Bréfritari: Sigríður Pálsdóttir
Viðtakandi: Páll Pálsson
Dagsetning: A-1857-07-14
Skrifað á: Hraungerði  Árn.
Páll var bróðir Sigríðar

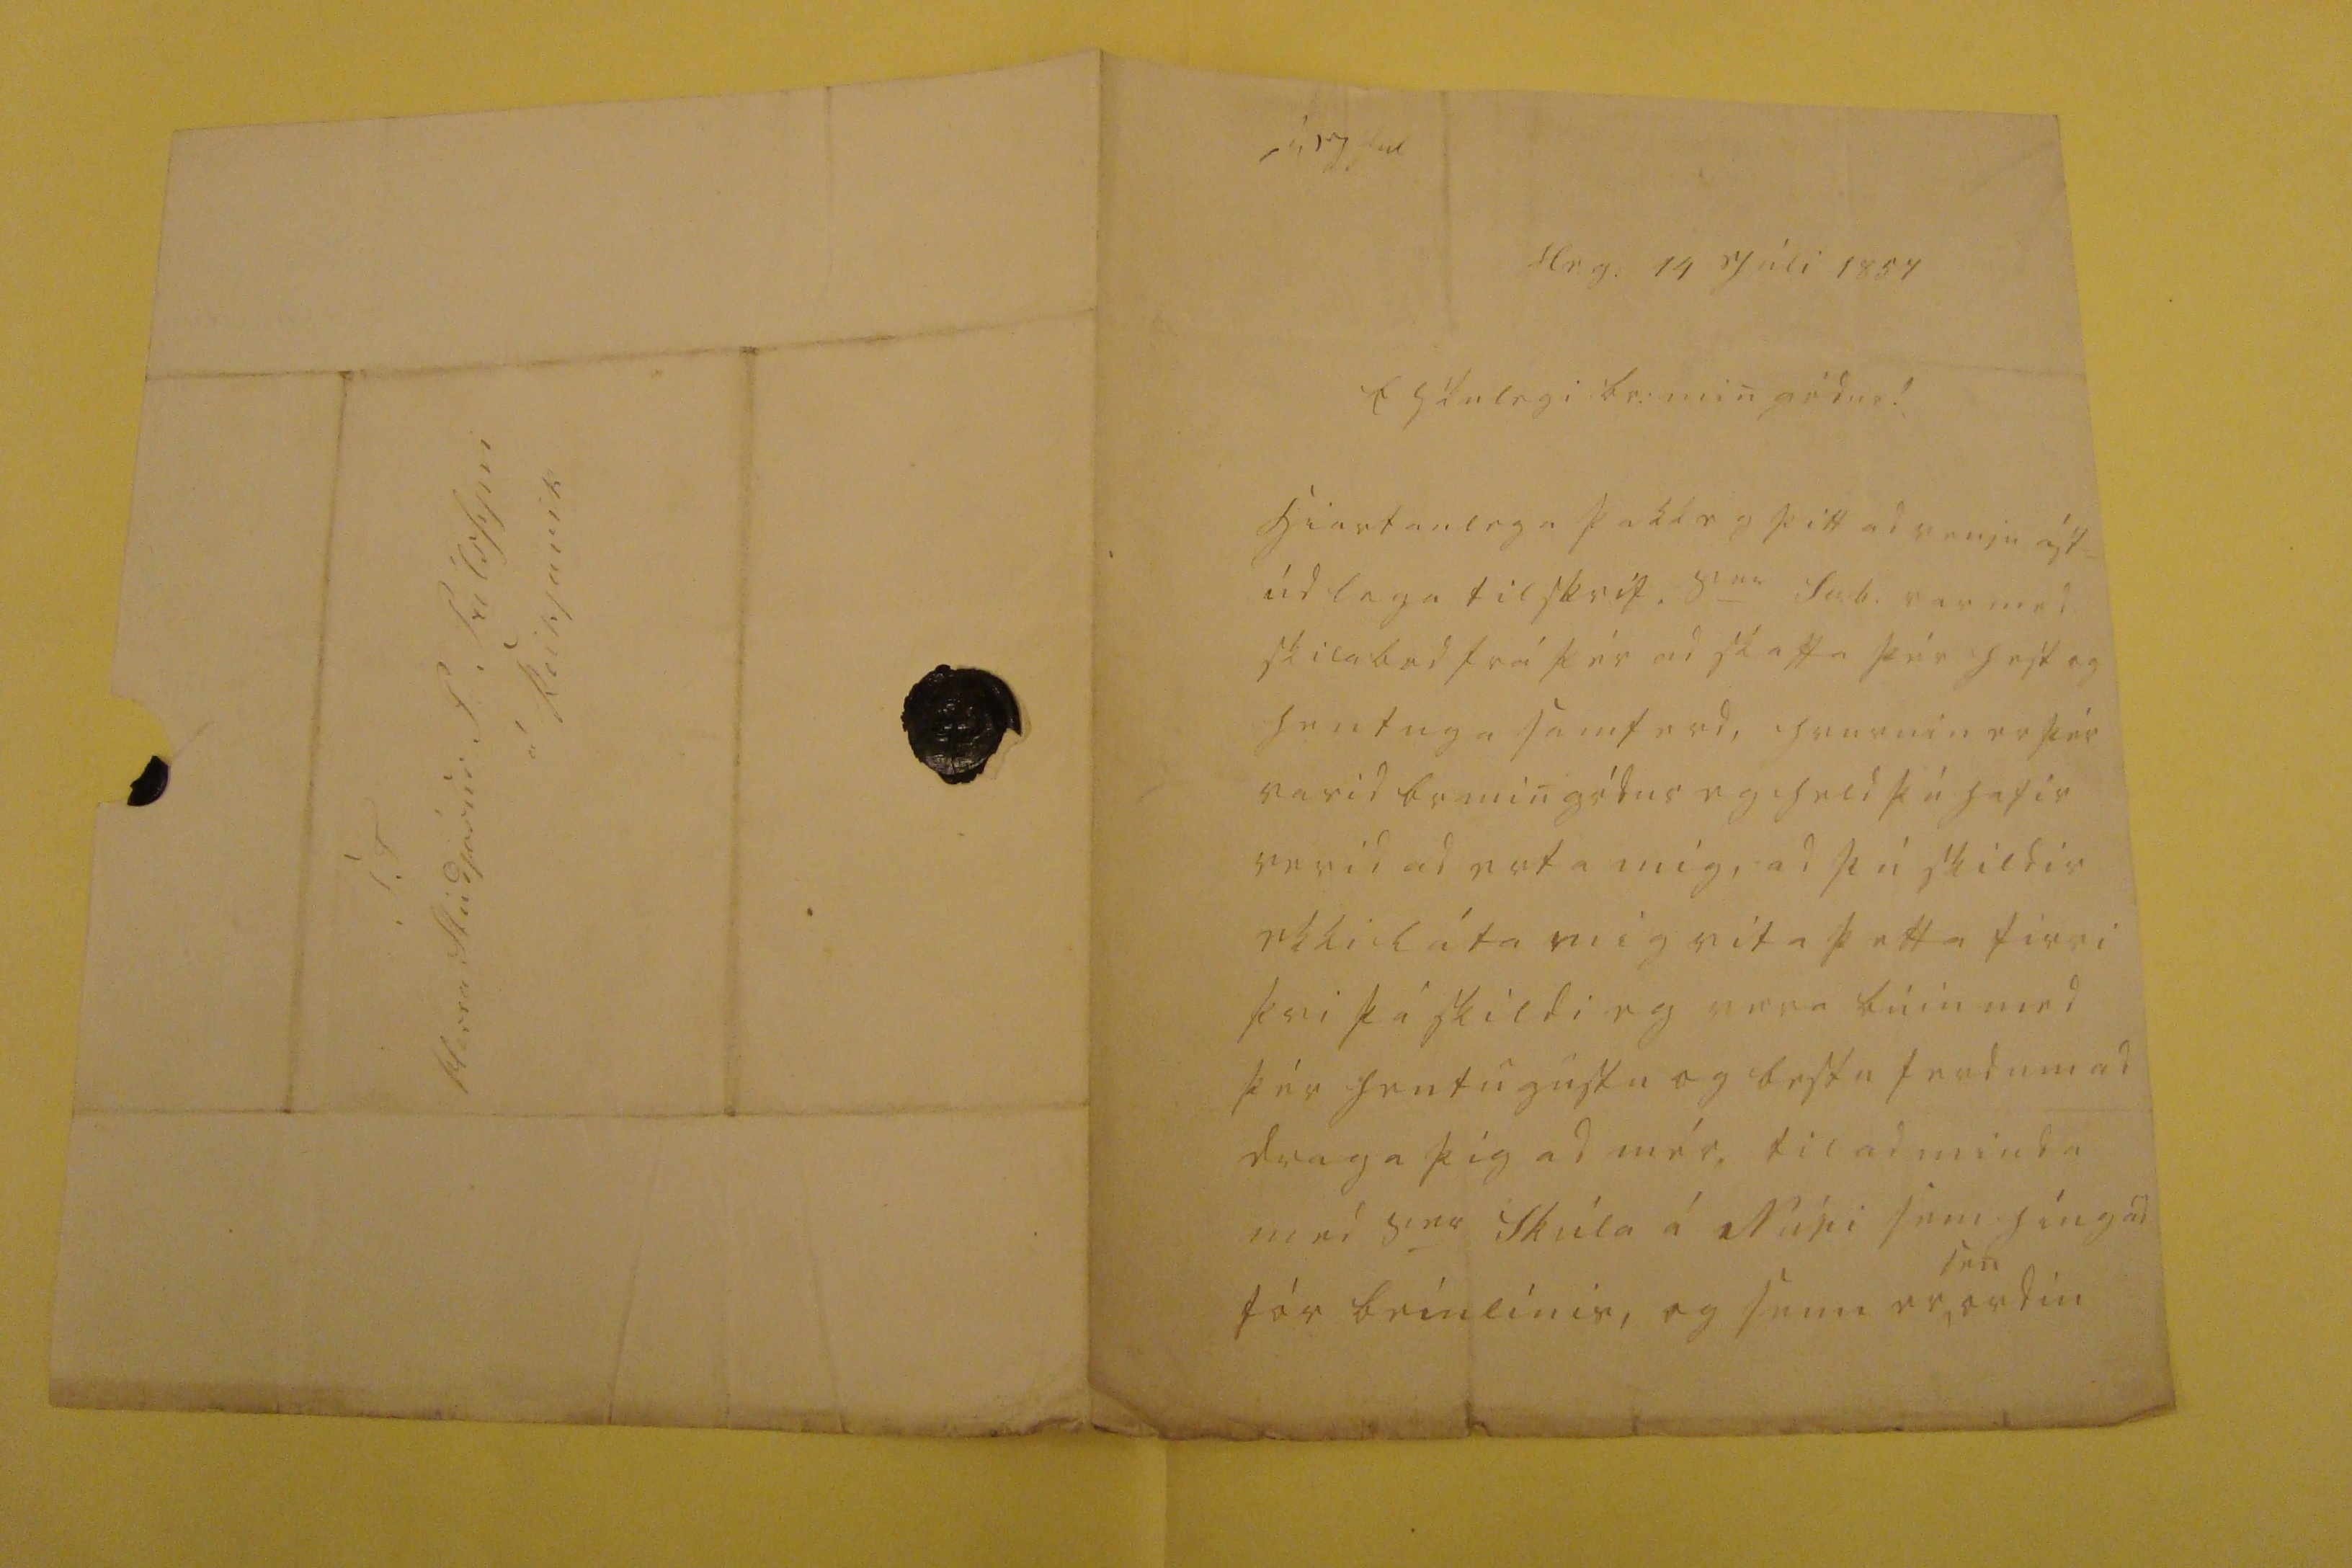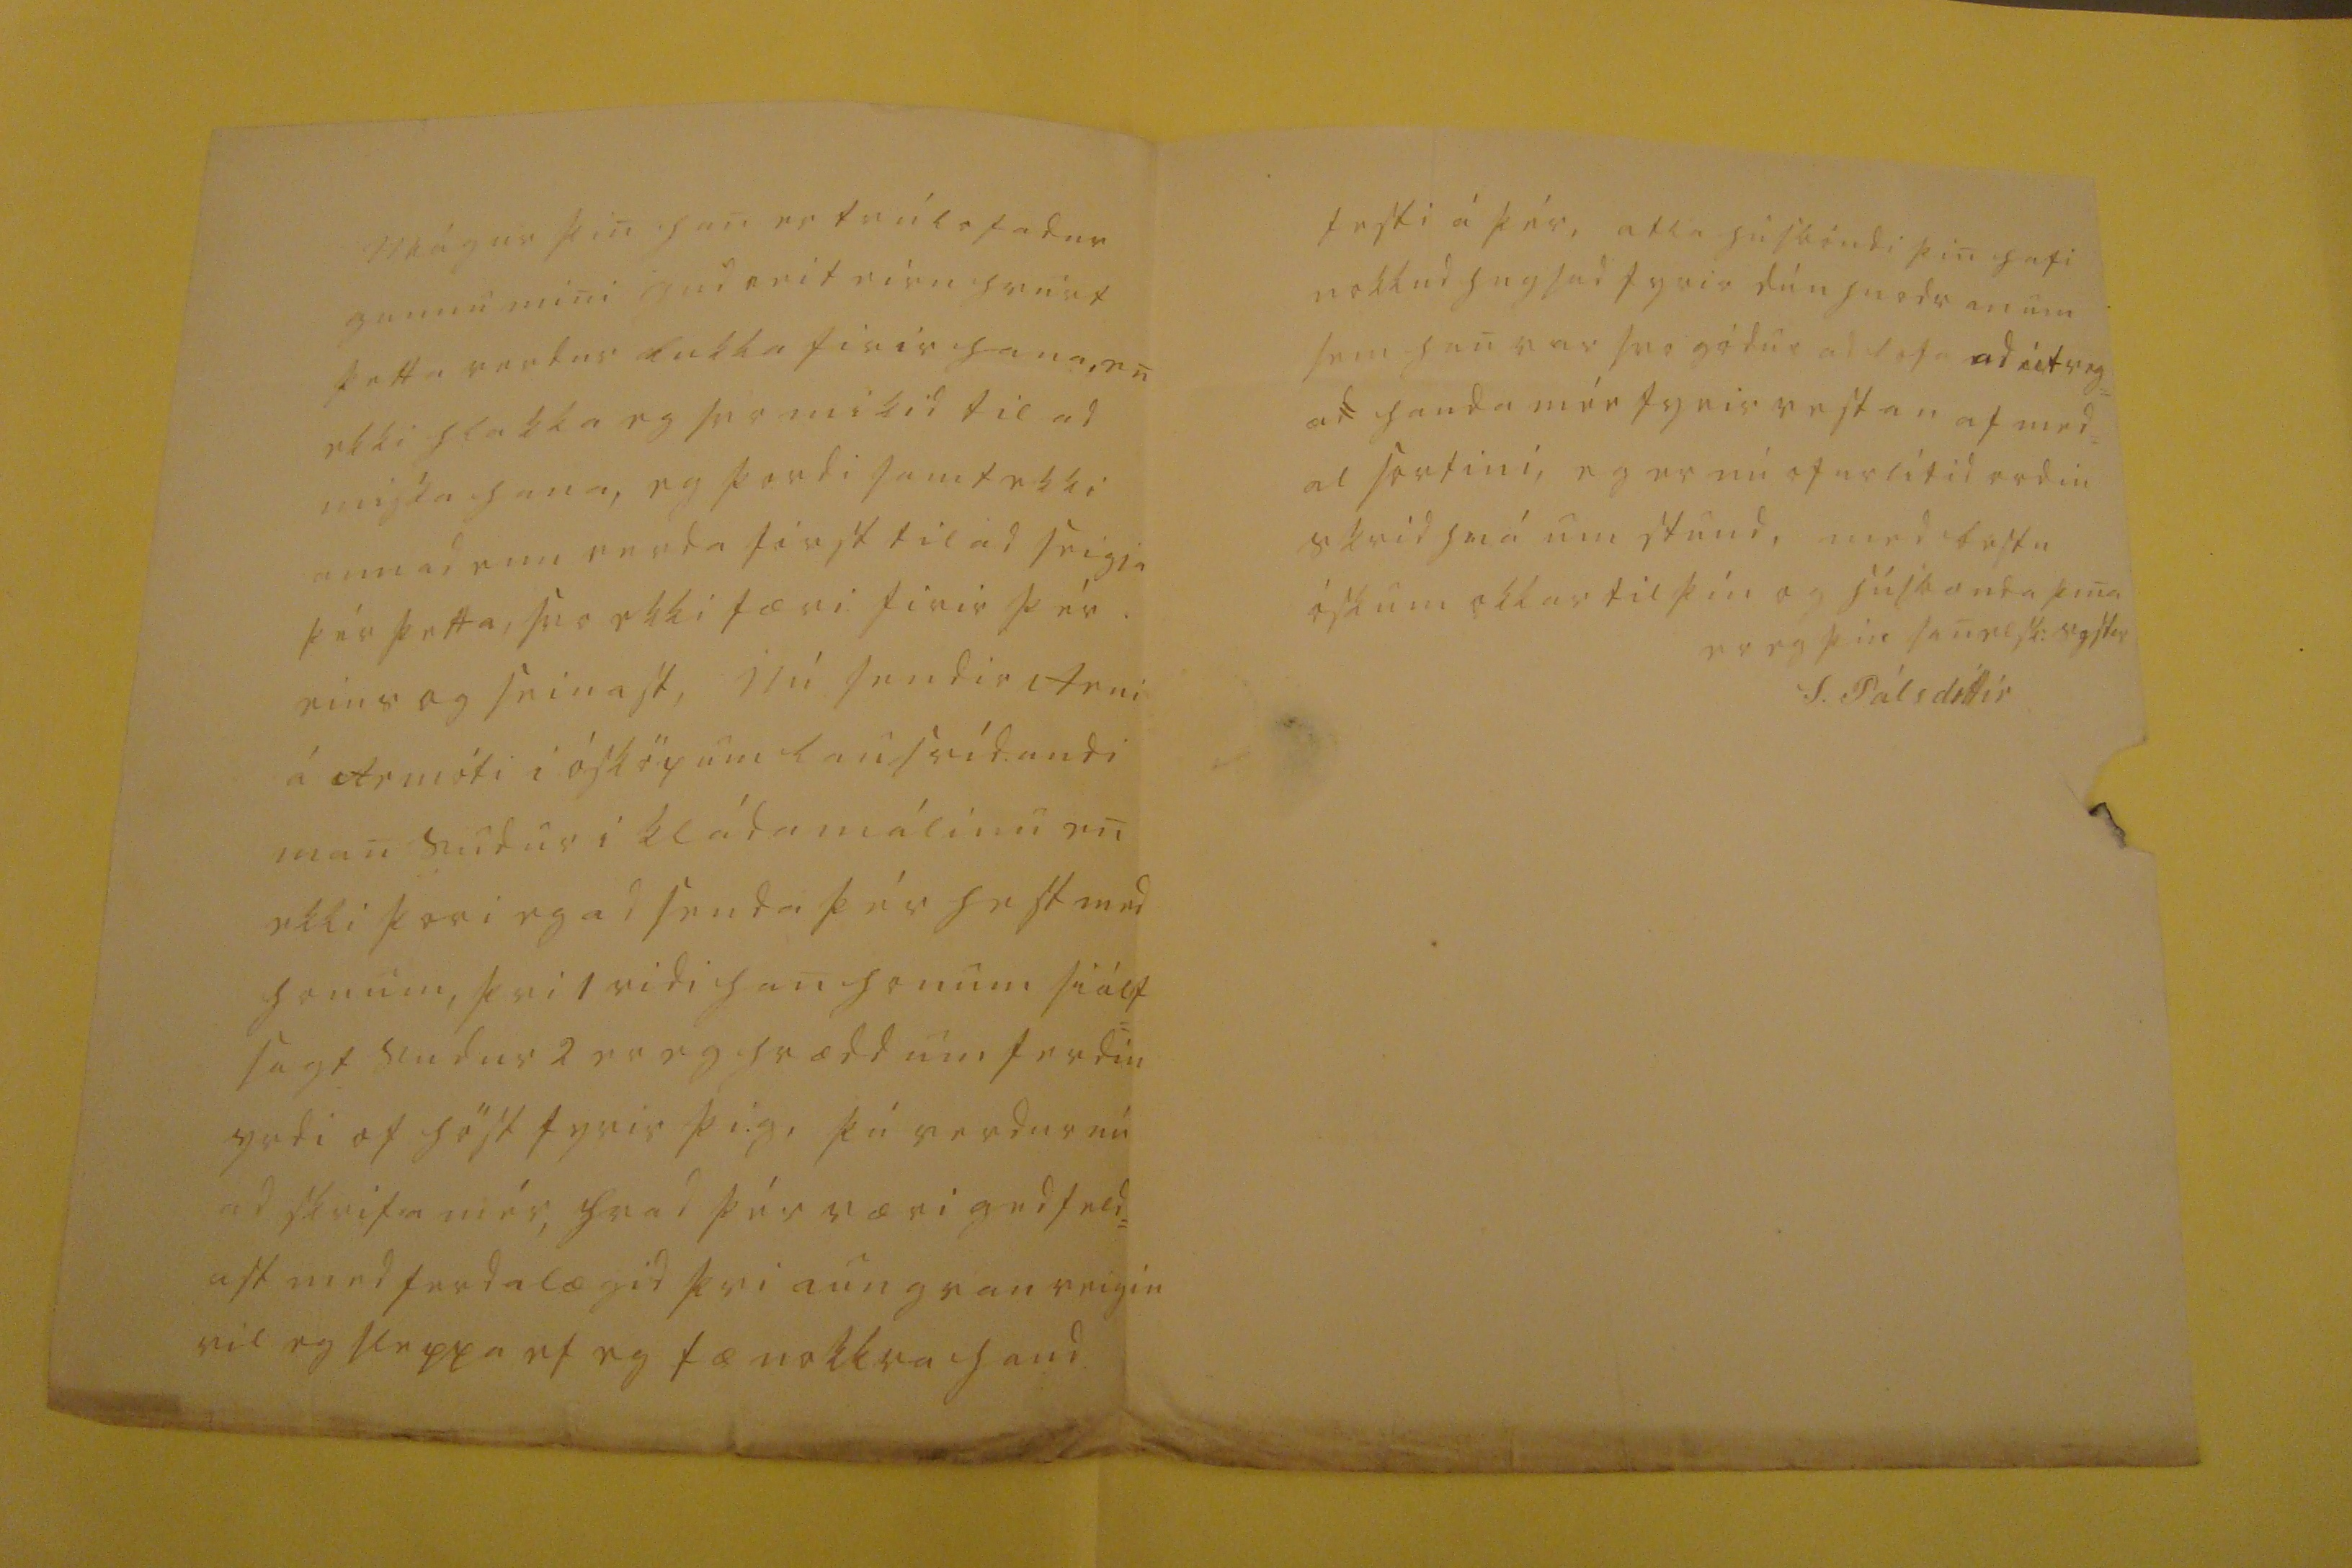

sv 17 Jul
Hr.g. 14 Júli 1857
Elskulegi br: min gódur!
hiartanlega þakk eg þitt ad venju ást= úd lega tilskrif.
s
ira
Sv.b.
var med skilabod frá þér ad skaffa þér hest og hentuga samferd, hvurnin er þér varid br min gódur eg held þú hafir verid ad erfa mig, ad þú skildir ekki láta mig vita þetta firri þvi þá skildi eg
væri
búin med þér hentugustu og bestu ferd um ad draga þig ad mér. til ad minda med
s
ira
Skúla á
Núpi
sem híngad fór beínlínis, og sem er
sen
ordin
mágur þin han er trúlofadur gunnu mini gud veit eirn hvurt þetta verdur lukka firir hana, en ekki hlakka eg ser mikid til ad missa hana, eg þordi samt ekki annad enn
verda
first til ad seigja þér þetta, svo ekki færi firir þér eins og seinast, Nú sendir Arni á
Armóti
i ósköpum lausrídandi man sudur i kládamálinu en ekki þori eg ad senda þér hest med honum, þvi 1 ridi han honum siálf sagt sudur 2 er eg hrædd um ferdin yrdi of höst fyrir þig, þú verdur nú ad skrifa mér, hvad þér væri gedfeld= ast med ferdalægid þvi aungvan veigin vil eg sleppa ef eg fæ nokkra hand
festi á þér, atla husbóndi þin hafi nokkud hugsad fyrir dúnhnodranum sem han var svo gódur ad lofa ad útveg= a
d
handa mér fyrir vestan af med= al
sortini
, eg er nú ofurlítid ordin
skrid smá
um stund, med bestu óskum okkar til þín og húsbonda þina
er eg þin sanelsk: systir
S. Pálsdóttir
S. T Herra Stúdjósus P. Pálssyni á Reikjavik